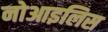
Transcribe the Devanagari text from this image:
नोआइलिस